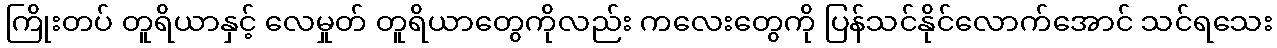
ကြိုးတပ် တူရိယာနှင့် လေမှုတ် တူရိယာတွေကိုလည်း ကလေးတွေကို ပြန်သင်နိုင်လောက်အောင် သင်ရသေး